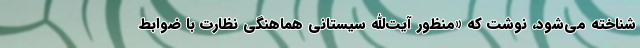
شناخته می‌شود، نوشت که «منظور آیت‌الله سیستانی هماهنگی نظارت با ضوابط